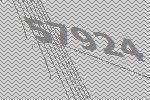
57924